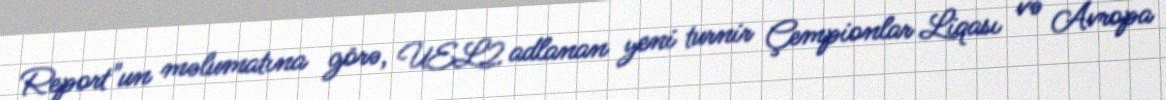
Report"un məlumatına görə, UEL2 adlanan yeni turnir Çempionlar Liqası və Avropa